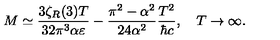
M \simeq \frac { 3 \zeta _ { R } ( 3 ) T } { 3 2 \pi ^ { 3 } \alpha \varepsilon } - \frac { \pi ^ { 2 } - \alpha ^ { 2 } } { 2 4 \alpha ^ { 2 } } \frac { T ^ { 2 } } { \hbar c } , \quad T \to \infty { . }